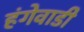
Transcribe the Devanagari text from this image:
हंगेवाडी